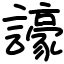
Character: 譹